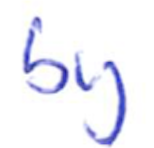
Text: by
Cross-out: clean
Writing tool: ballpoint